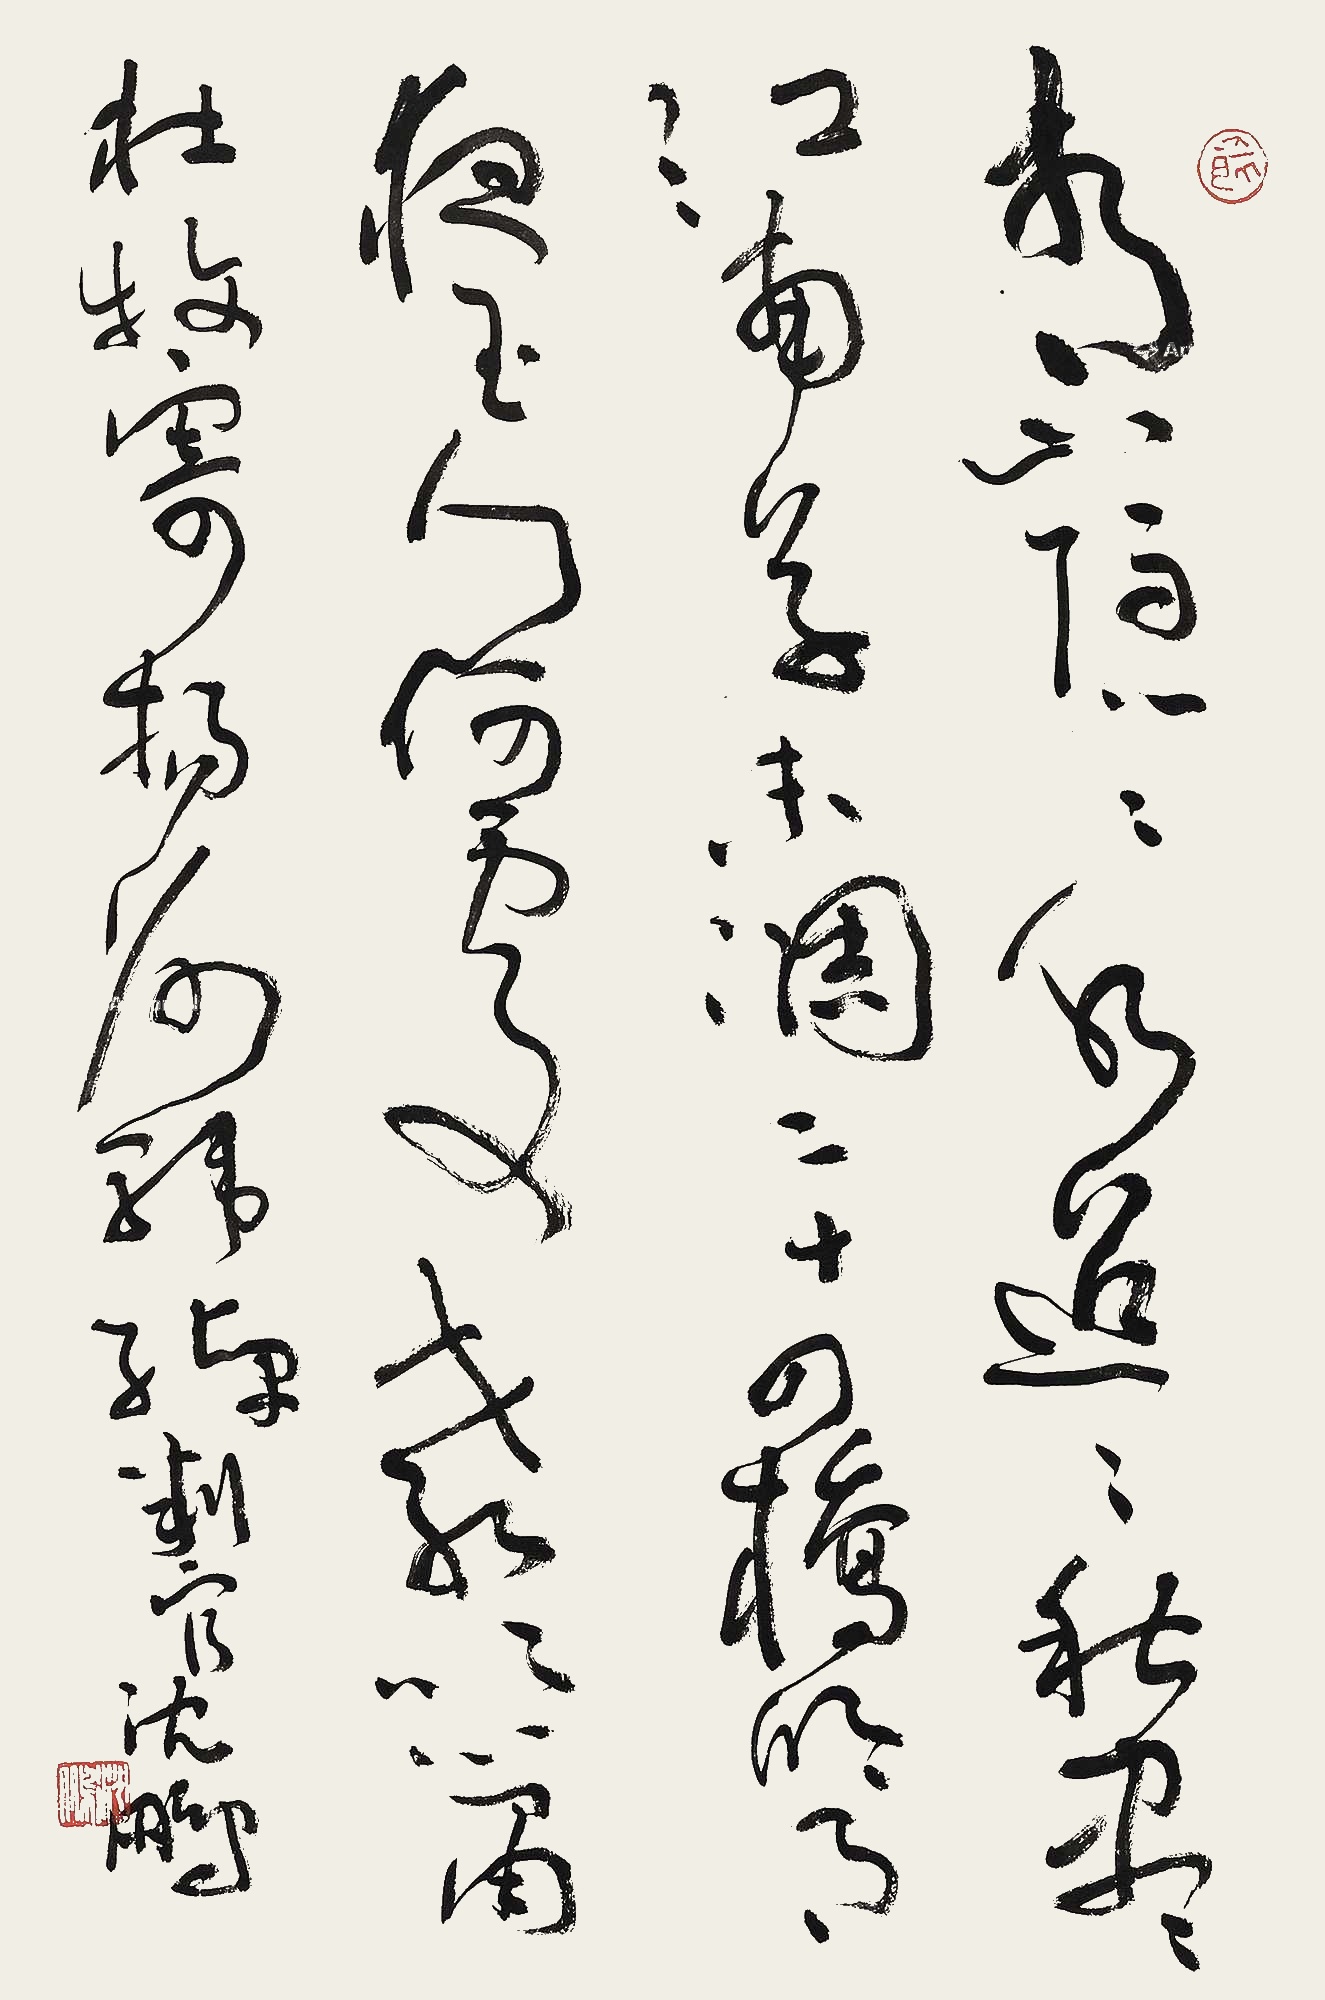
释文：青山隐隐水迢迢，秋尽江南草未凋。二十四桥明月夜，玉人何处教吹箫？杜牧寄扬州韩绰判官，沈鹏。